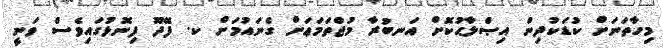
މިހާތަނަށް ކުޑަކުދިން އިޞްލާޙުކޮށް އަނބުރާ މުޖްތަމަޢަށް ގެނައުމަށް ކ. ފޭދޫ ފިނޮޅުގައިވެސް ވަނީ